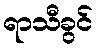
ရာသီခွင်